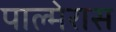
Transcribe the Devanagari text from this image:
पाल्मेरास